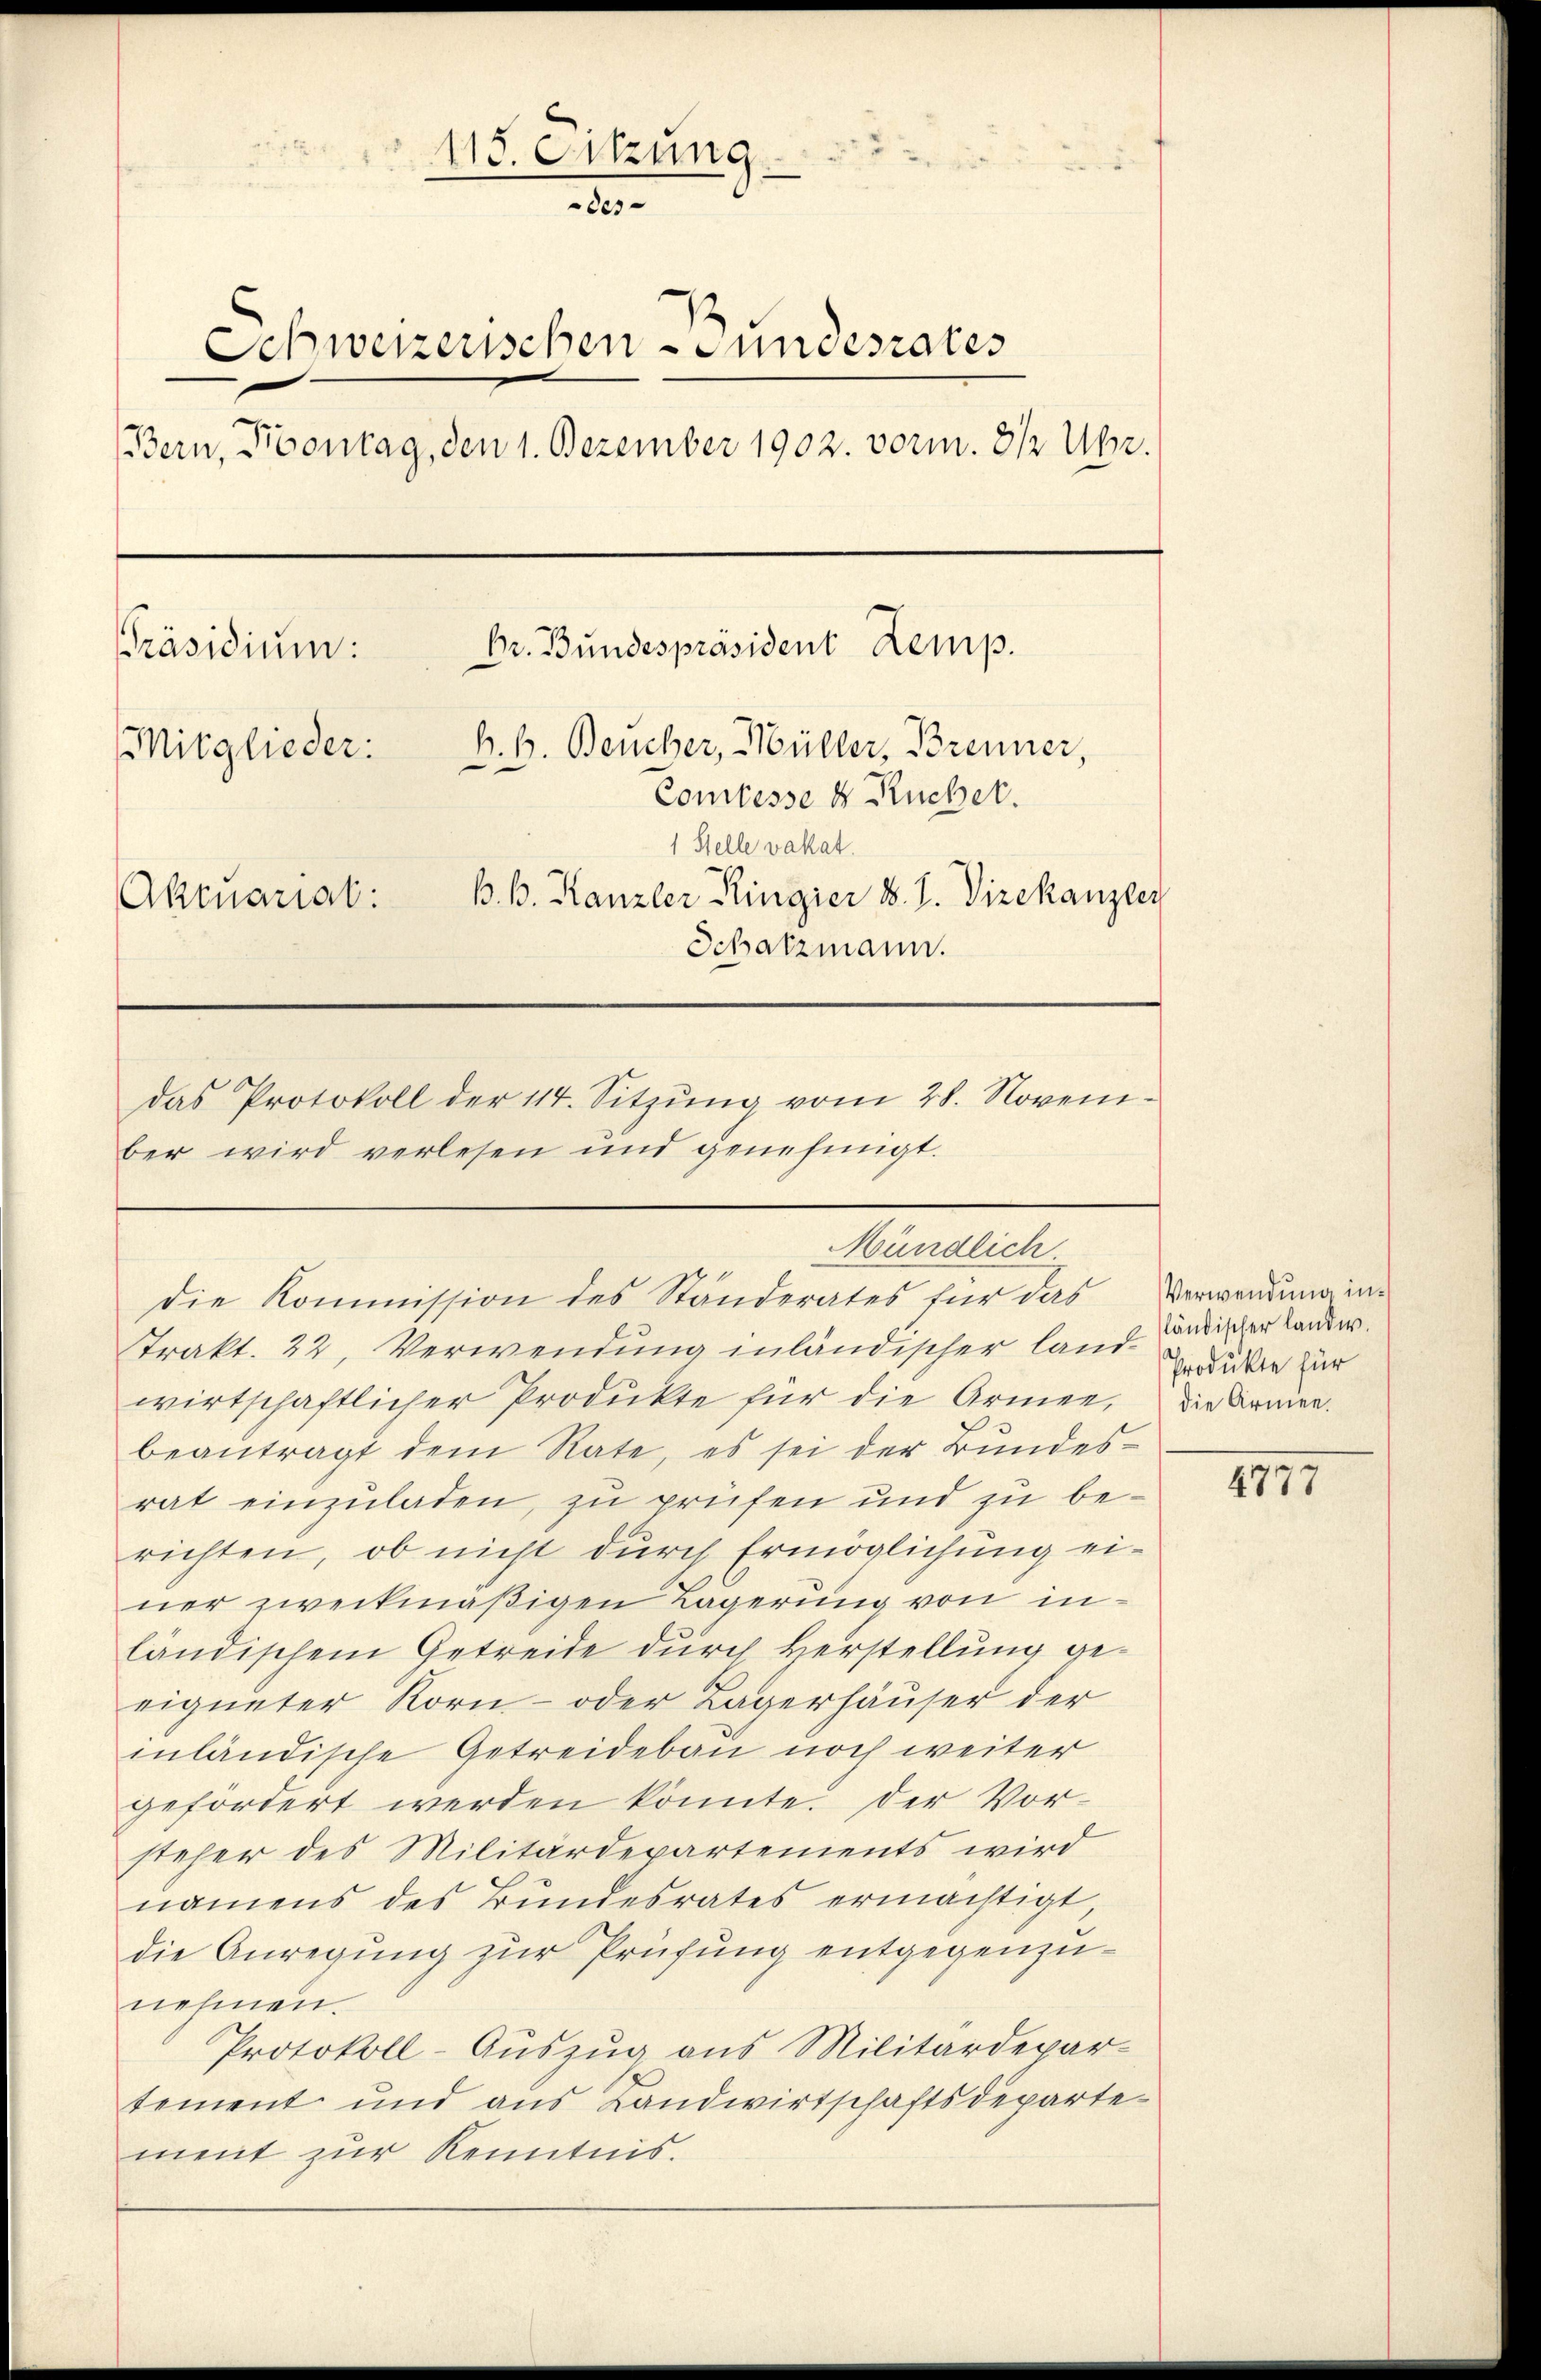
115. Sitzung
des
Schweizerischen Fundesrates
Bern, Pontag, den 1. Dezember 1902. vorm. 8 1/2 Uhr.
Dr. Bundespräsident Lemp.
Präsidium:
B. G. Beucher, Müller, Brenner,
Mitglieder:
Comtesse 4 Rucher.
1 Stelle vakat.
B.B. Kanzler Ringier d. J. Vizekanzley
Aktuarial:
Schatzmann.
das Protokoll der 114. Sitzŭng vom 28. November wird verlesen und genehmigt.

Mündlich.
die Kommission des Ständerates für das Verwendung in¬

Trakt. 22, Verwendung inländischer landwirtschaftlicher Produkte für die Armee,
beantragt dem Rate, es sei der Bundesrat einzuladen, zu prüfen und zu berichten, ob nicht durch Ermöglichung einer zweckmäßigen Lagerung von inländischem Getreide durch Verstellung geeigneter Korn- oder Lagerhäuser der
inländische Getreidebau noch weiter
gefordert werden könnte. Der Vorsteher des Militärdepartements wird
namens des Bundesrates ermächtigt,
die Anregung zur Prüfung entgegenzunehmen.
Protokoll-Auszug aus Militärdepar-
tement und aus Landwirtschaftsdepartement zur Kenntnis.

sländischer landw.
Produkte für
die Armee.

4777